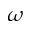
\omega